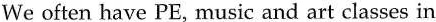
We often have PE, music and art classes in